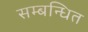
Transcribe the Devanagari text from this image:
सम्‍बन्‍धित